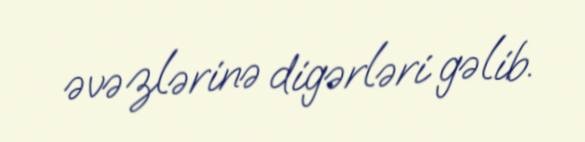
əvəzlərinə digərləri gəlib.